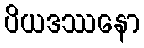
ပိယဒဿနော